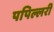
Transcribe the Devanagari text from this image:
पपिल्लरी